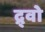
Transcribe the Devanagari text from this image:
द्र्वो